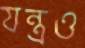
যন্ত্রও